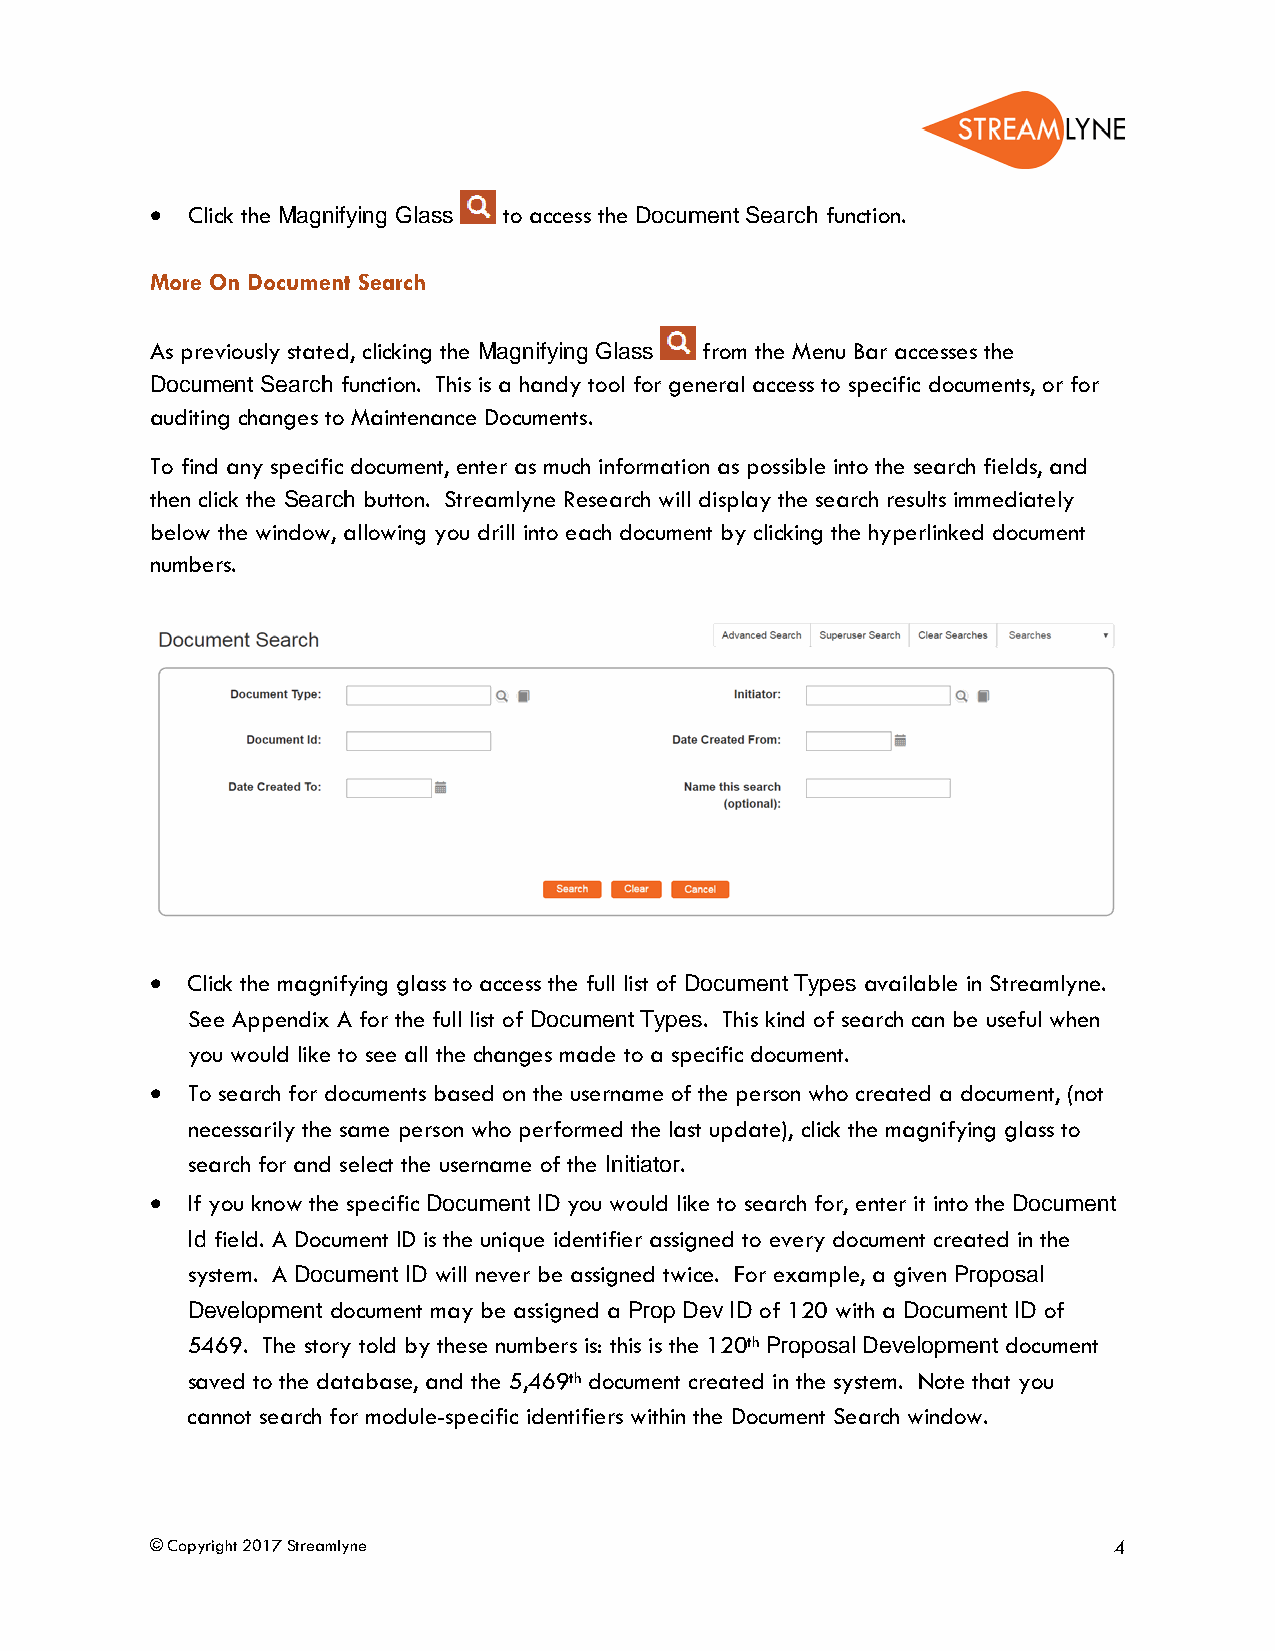
• Click the Magnifying Glass to access the Document Search function.
 More On Document Search
 As previously stated, clicking the Magnifying Glass from the Menu Bar accesses the
 Document Search function. This is a handy tool for general access to specific documents, or for
 auditing changes to Maintenance Documents.
 To find any specific document, enter as much information as possible into the search fields, and
 then click the Search button. Streamlyne Research will display the search results immediately
 below the window, allowing you drill into each document by clicking the hyperlinked document
 numbers.
 • Click the magnifying glass to access the full list of Document Types available in Streamlyne.
 See Appendix A for the full list of Document Types. This kind of search can be useful when
 you would like to see all the changes made to a specific document.
 • To search for documents based on the username of the person who created a document, (not
 necessarily the same person who performed the last update), click the magnifying glass to
 search for and select the username of the Initiator.
 • If you know the specific Document ID you would like to search for, enter it into the Document
 Id field. A Document ID is the unique identifier assigned to every document created in the
 system. A Document ID will never be assigned twice. For example, a given Proposal
 Development document may be assigned a Prop Dev ID of 120 with a Document ID of
 5469. The story told by these numbers is: this is the 120th Proposal Development document
 saved to the database, and the 5,469th document created in the system. Note that you
 cannot search for module-specific identifiers within the Document Search window.
 © Copyright 2017 Streamlyne                                     4